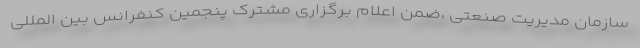
سازمان مدیریت صنعتی ،ضمن اعلام برگزاری مشترک پنجمین کنفرانس بین المللی